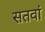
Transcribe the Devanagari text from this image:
सतवां